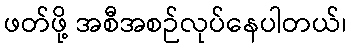
ဖတ်ဖို့ အစီအစဉ်လုပ်နေပါတယ်၊